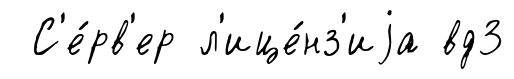
С'е́рв'ер л'ице́нз'иjа вд3